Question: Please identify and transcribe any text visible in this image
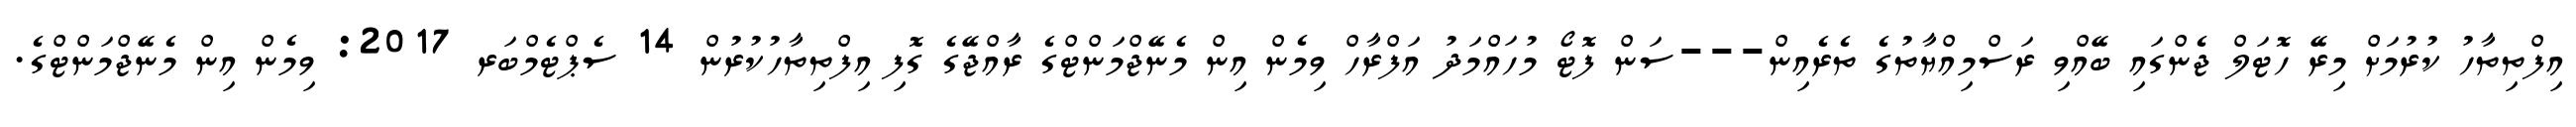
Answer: އިފްތިތާހު ކުރުމަށް މިރޭ ހޮޓަލް ޖެންގައި ބޭއްވި ރަސްމިއްޔާތުގެ ތެރެއިން---ސަން ފޮޓޯ މުހައްމަދު އަފްރާހް ވިމެން އިން މެނޭޖްމަންޓްގެ ރާއްޖޭގެ ގޮފި އިފްތިތާހުކުރުން 14 ސެޕްޓެމްބަރ 2017: ވިމެން އިން މެނޭޖްމަންޓްގެ.